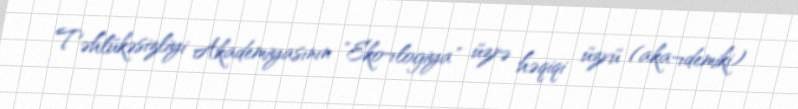
Təhlükəsizliyi Akademiyasının "Eko¬logiya" üzrə həqiqi üzvü (aka¬demiki)